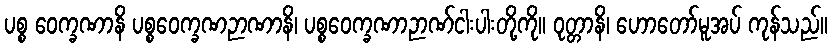
ပစ္စ ဝေက္ခဏာနိ ပစ္စဝေက္ခဏဉာဏာနိ၊ ပစ္စဝေက္ခဏာဉာဏ်ငါးပါးတို့ကို။ ဝုတ္တာနိ၊ ဟောတော်မူအပ် ကုန်သည်။